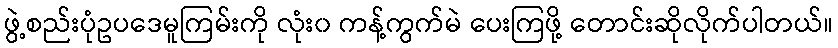
ဖွဲ့စည်းပုံဥပဒေမူကြမ်းကို လုံး၀ ကန့်ကွက်မဲ ပေးကြဖို့ တောင်းဆိုလိုက်ပါတယ်။